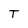
Character: T